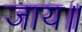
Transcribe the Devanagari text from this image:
जाय॥